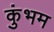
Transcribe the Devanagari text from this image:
कुंभम